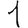
Digit: 1